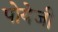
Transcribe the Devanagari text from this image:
पोयेजी